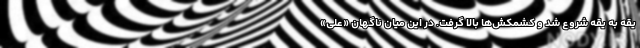
یقه به یقه شروع شد و کشمکش‌ها بالا گرفت. در این میان ناگهان «علی»